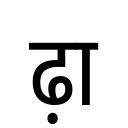
OCR:
ढ़ा